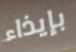
بإيذاء